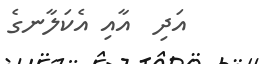
އަދި  އާއި އެކަލާނގެ